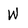
Character: W